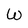
Character: W